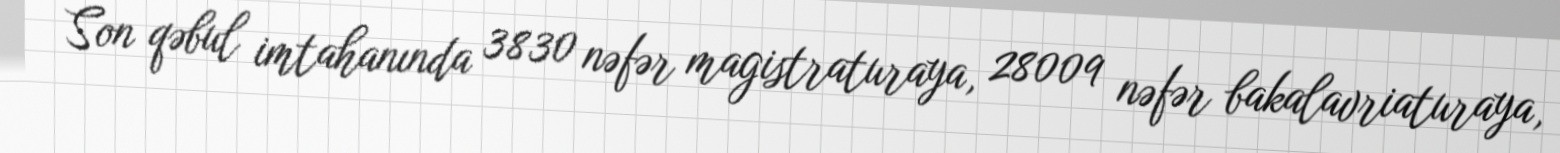
Son qəbul imtahanında 3830 nəfər magistraturaya, 28009 nəfər bakalavriaturaya,